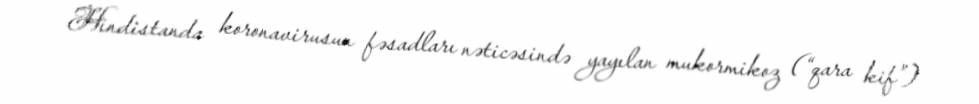
Hindistanda koronavirusun fəsadları nəticəsində yayılan mukormikoz (“qara kif”)